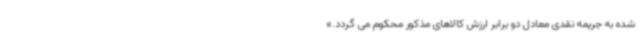
شده به جریمه نقدی معادل دو برابر ارزش کالاهای مذکور محکوم می گردد.»